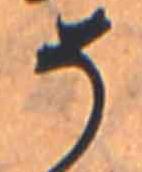
そ